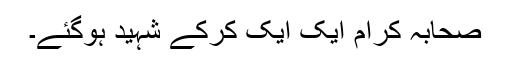
صحابہ کرامؓ ایک ایک کرکے شہید ہوگئے۔